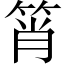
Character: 筲